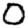
Digit: 0